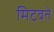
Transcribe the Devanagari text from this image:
मिटवते